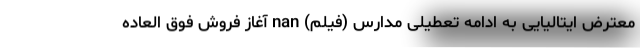
معترض ایتالیایی به ادامه تعطیلی مدارس (فیلم) nan آغاز فروش فوق العاده